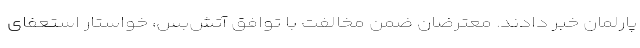
پارلمان خبر دادند. معترضان ضمن مخالفت با توافق آتش‌بس، خواستار استعفای